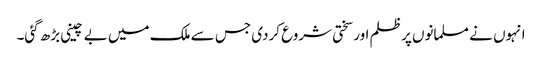
انہوں نے مسلمانوں پر ظلم اور سختی شروع کردی جس سے ملک میں بے چینی بڑھ گئی۔